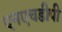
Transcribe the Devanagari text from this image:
एनएचडीपी